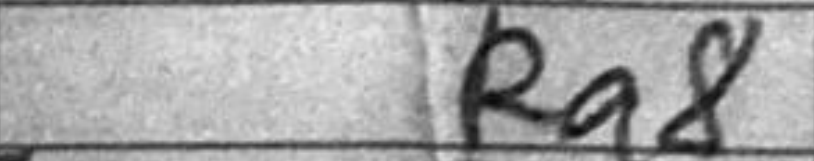
Transcription: Ra8